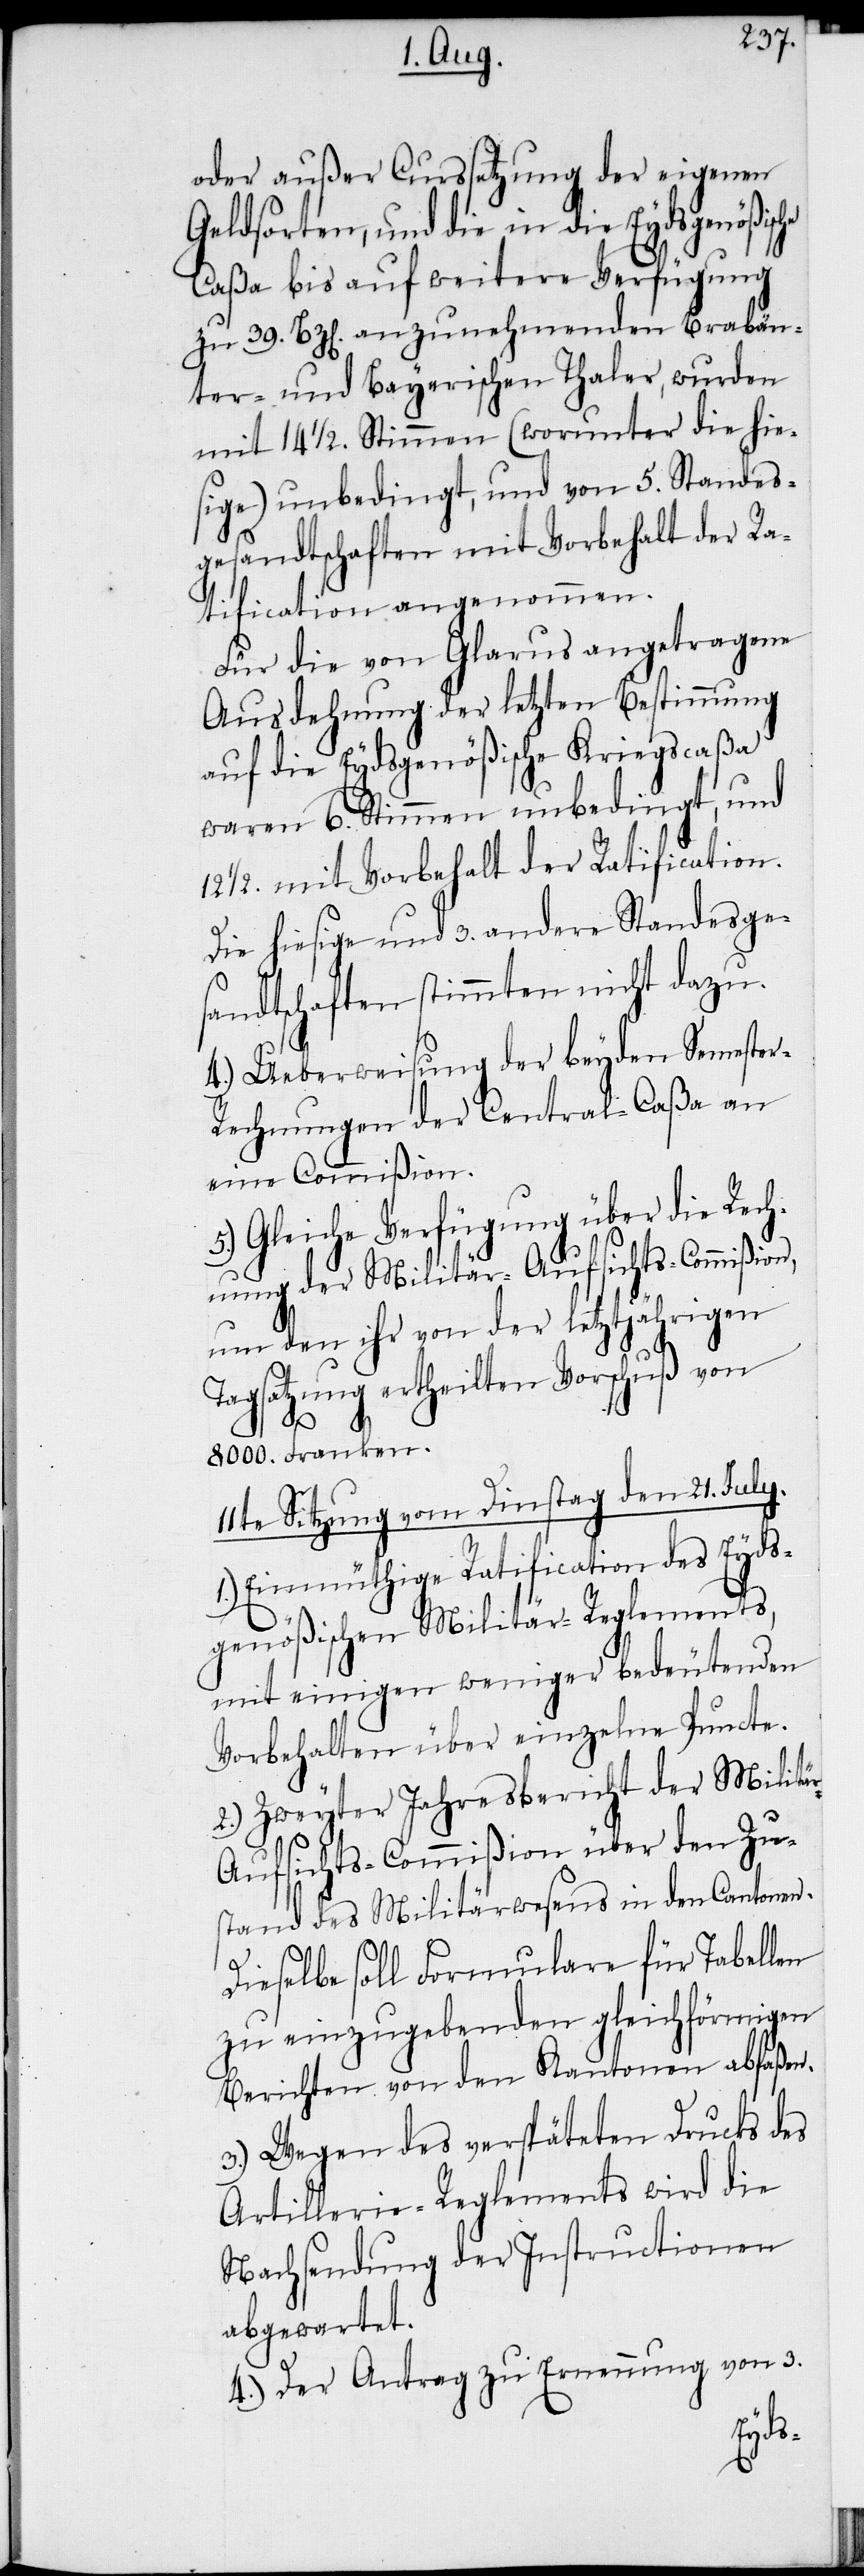
oder außer Curssetzung der eigenen
Geldsorten, und die in die Eydsgenößische
Caßa bis auf weitere Verfügung
zu 39. Bz[en]. anzunehmenden Brabän¬
ter- und Bayerischen Thaler, wurden
mit 14 ½. Stimmen (worunter die hie¬
sige) unbedingt, und von 5. Standes¬
gesandtschaften mit Vorbehalt der Ra¬
tification angenommen.
Für die von Glarus angetragene
Ausdehnung der letzten Bestimmung
auf die Eydsgenößische Kriegscaßa
waren 6. Stimmen unbedingt, und
12 ½. mit Vorbehalt der Ratification.
Die hiesige und 3. andere Standesge¬
sandtschaften stimmten nicht dazu.
4.) Ueberweisung der beyden Semester-R¬
echnungen der Central-Caßa an
eine Commißion.
5.) Gleiche Verfügung über die Rech¬
nung der Militär-Aufsichts-Commißion,
um den ihr von der letztjährigen
Tagsatzung ertheilten Vorschuß von
11te Sitzung vom Dinstag den 21. July.
1.) Einmüthige Ratification des Eyds¬
genößischen Militär-Reglements,
mit einigen weniger bedeutenden
Vorbehalten über einzelne Puncte.
2.) Zweyter Jahresbericht der Militä¬
r-Aufsichts-Commißion über den Zu¬
stand des Militärwesens in den Cantonen.
Dieselbe soll Formulare für Tabellen
zu einzugebenden gleichförmigen
Berichten von den Kantonen abfaßen.
3.) Wegen des verspäteten Drucks des
Artillerie-Reglements wird die
Nachsendung der Instructionen
abgewartet.
4.) Der Antrag zu Ernennung von 3.